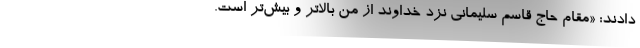
دادند: «مقام حاج قاسم سلیمانی نزد خداوند از من بالاتر و بیش‌تر است.